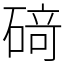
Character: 𥔎